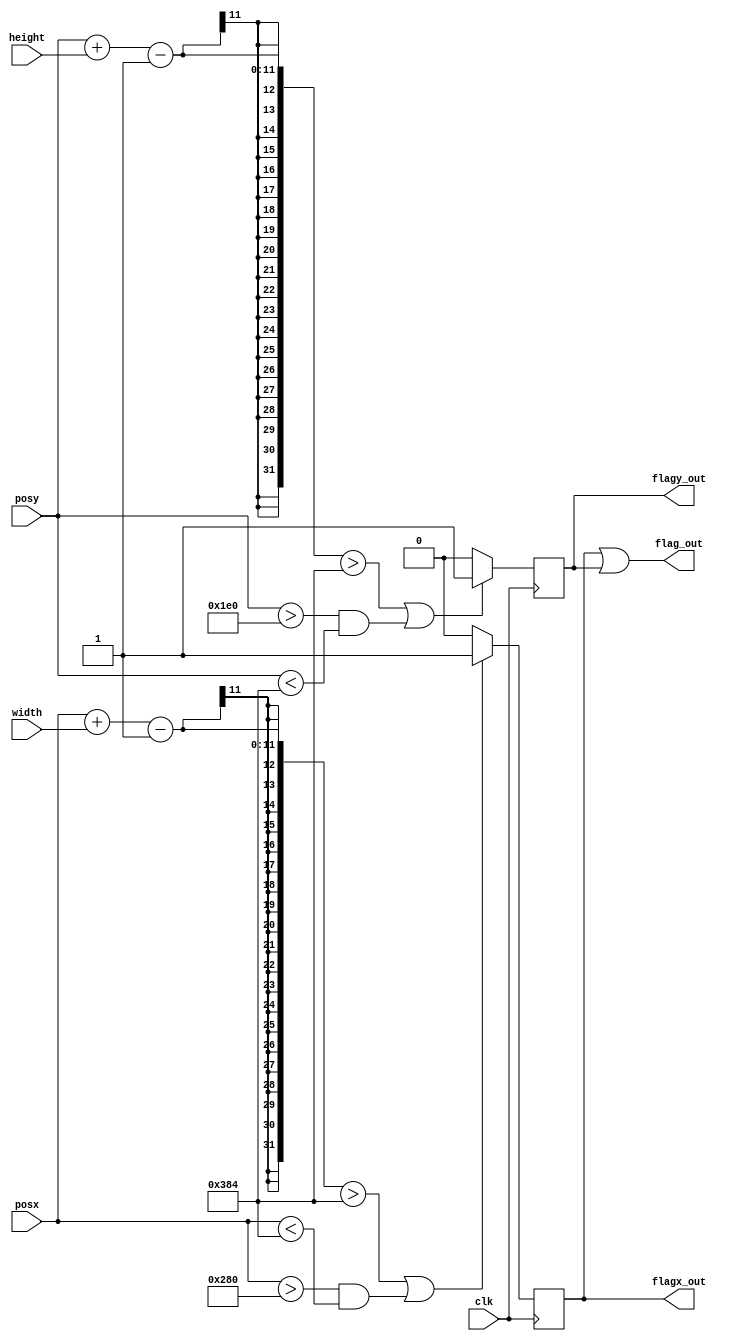
`timescale 1ns / 1ps
//////////////////////////////////////////////////////////////////////////////////
// Company: 
// Engineer: 
// 
// Design Name: 
// Module Name: objectOutOfBound
// Project Name: 
// Target Devices: 
// Tool Versions: 
// Description: 
// 
// Dependencies: 
// 
// Revision:
// Revision 0.01 - File Created
// Additional Comments:
// 
//////////////////////////////////////////////////////////////////////////////////


module objectOutOfBound(
    input clk,
    input [9:0] posx,
    input [9:0] posy,
    input [9:0] width,
    input [9:0] height,

    output flag_out,
    output flagx_out,
    output flagy_out
    );
    parameter 
        window_width = 640,
        window_height = 480,
        col_neg_det = 900,
        row_neg_det = 900;

    reg flagx, flagy;
    assign flagx_out = flagx;
    assign flagy_out = flagy;

    always @ (posedge clk) begin
        if(posx + width - 1 > col_neg_det || (posx > window_width && posx < col_neg_det)) begin
            flagx <= 1;
        end
        else begin
            flagx <= 0;
        end
    end

    always @ (posedge clk) begin
        if(posy + height - 1 > row_neg_det || (posy > window_height && posy < row_neg_det)) begin
            flagy <= 1;
        end
        else begin
            flagy <= 0; 
        end
    end
    
    assign flag_out = flagx | flagy;

endmodule